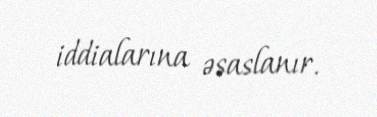
iddialarına əsaslanır.